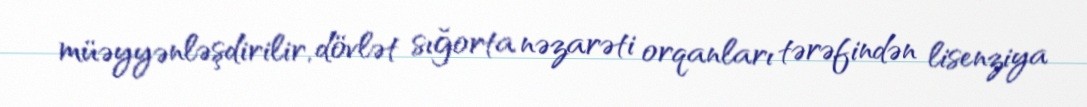
müəyyənləşdirilir, dövlət sığorta nəzarəti orqanları tərəfindən lisenziya